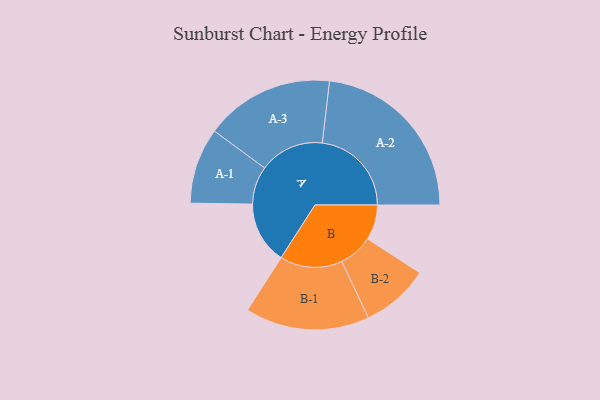
{"axis": {"x": "Segment", "y": "Value"}, "legend": ["", "A", "B"], "data": [{"x": "A", "y": 205, "type": ""}, {"x": "B", "y": 116, "type": ""}, {"x": "A-1", "y": 125, "type": "A"}, {"x": "A-2", "y": 294, "type": "A"}, {"x": "A-3", "y": 213, "type": "A"}, {"x": "B-1", "y": 205, "type": "B"}, {"x": "B-2", "y": 112, "type": "B"}]}